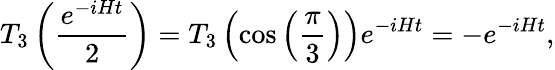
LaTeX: T_{3}\left(\frac{e^{-iHt}}{2}\right)=T_{3}\left(\cos\left(\frac{\pi}{3}\right)\right)e^{-iHt}=-e^{-iHt},